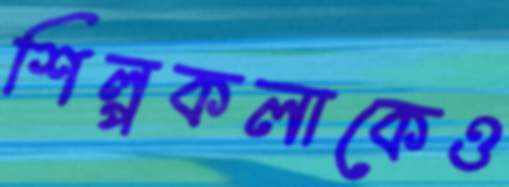
শিল্পকলাকেও